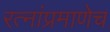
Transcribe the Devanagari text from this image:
रत्‍नांप्रमाणेच